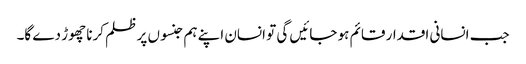
جب انسانی اقدار قائم ہو جائیں گی تو انسان اپنے ہم جنسوں پر ظلم کرنا چھوڑ دے گا۔